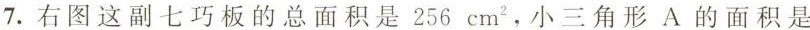
7.右图这副七巧板的总面积是256cm^{2}，小三角形A的面积是